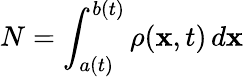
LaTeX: N=\int_{a(t)}^{b(t)}\rho(\mathbf{x},t)\, d\mathbf{x}